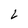
Character: L